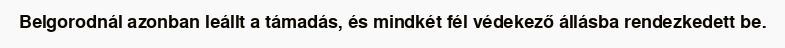
Belgorodnál azonban leállt a támadás, és mindkét fél védekező állásba rendezkedett be.